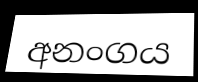
අනංගය